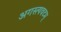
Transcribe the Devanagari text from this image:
अगस्त्यवटम्